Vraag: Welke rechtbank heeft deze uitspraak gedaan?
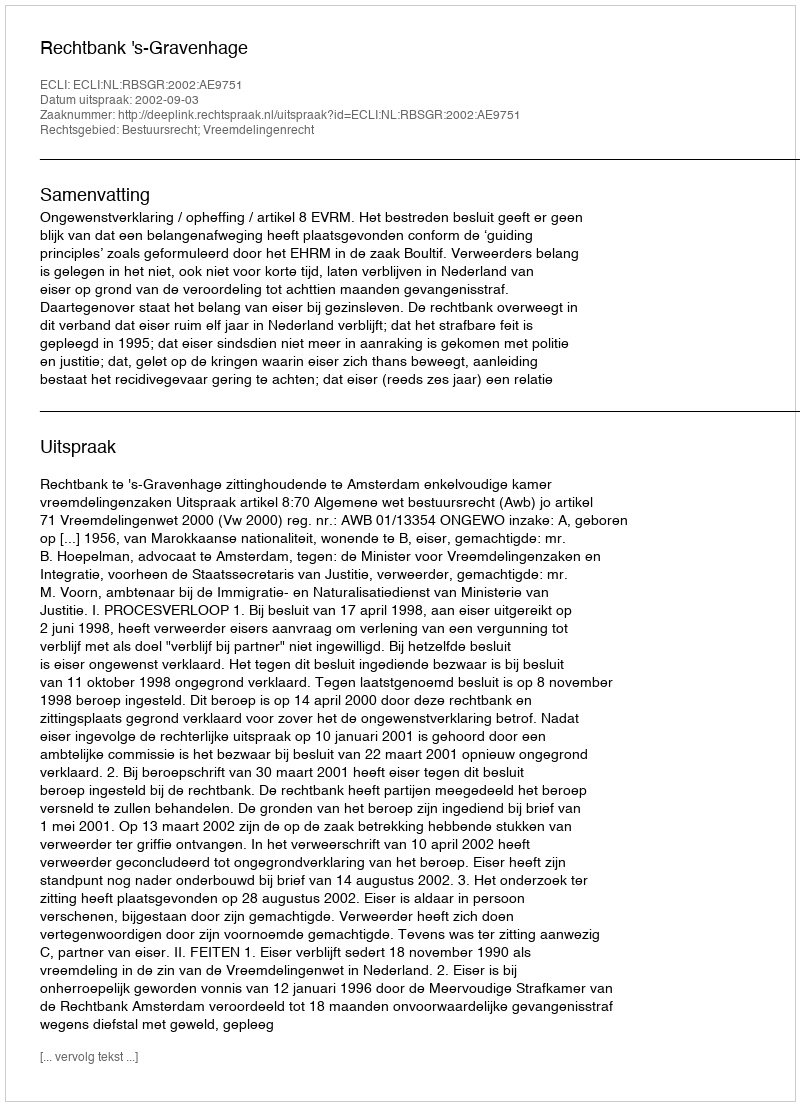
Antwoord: Rechtbank 's-Gravenhage